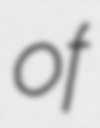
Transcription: of